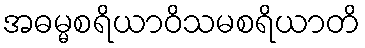
အဓမ္မစရိယာဝိသမစရိယာတိ